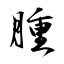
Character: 腫